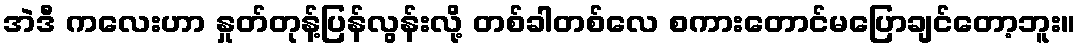
အဲဒီ ကလေးဟာ နှုတ်တုန့်ပြန်လွန်းလို့ တစ်ခါတစ်လေ စကားတောင်မပြောချင်တော့ဘူး။